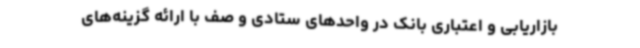
بازاریابی و اعتباری بانک در واحدهای ستادی و صف با ارائه گزینه‌های